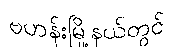
ဗဟန်းမြို့နယ်တွင်